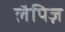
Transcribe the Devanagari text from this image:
लैपिज़